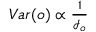
\begin{array} { r } { V a r ( o ) \propto \frac { 1 } { \mathcal { I } _ { o } } } \end{array}